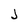
Character: J